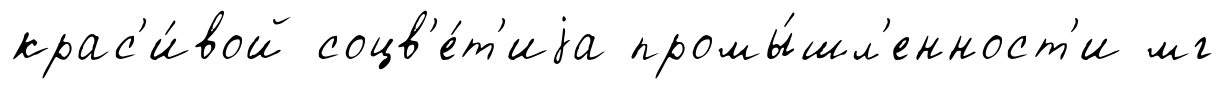
крас'и́вой соцв'е́т'иjа промы́шл'енност'и мг